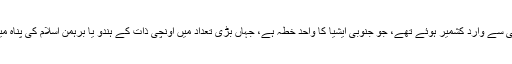
وہ یہیںہی سے واردِ کشمیر ہوئے تھے، جو جنوبی ایشیا کا واحد خطہ ہے، جہاں بڑی تعداد میں اونچی ذات کے ہندو یا برہمن اسلام کی پناہ میں آگئے۔